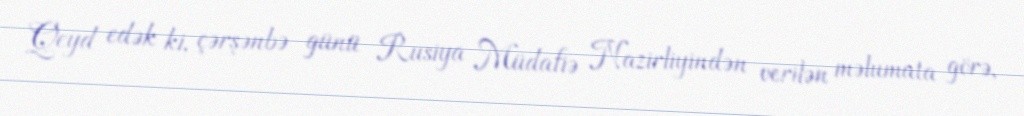
Qeyd edək ki, çərşənbə günü Rusiya Müdafiə Nazirliyindən verilən məlumata görə,